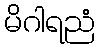
မိဂါရညံ